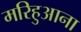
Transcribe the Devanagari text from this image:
मरिहुआना